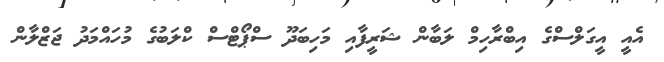
އެއީ އީގަލްސްގެ އިބްރާހިމް ލަބާން ޝަރީފާއި މަހިބަދޫ ސްޕޯޓްސް ކްލަބުގެ މުހައްމަދު ޖަޒްލާން